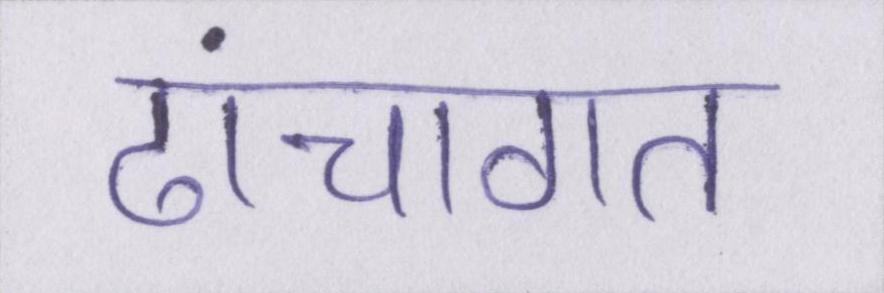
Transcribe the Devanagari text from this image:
ढांचागत